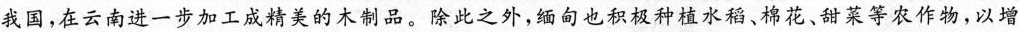
我国，在云南进一步加工成精美的木制品。除此之外，缅甸也积极种植水稻、棉花、甜菜等农作物，以增